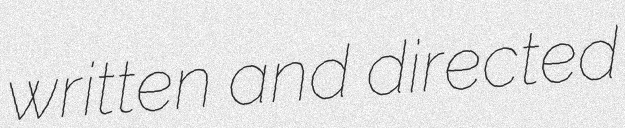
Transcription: written and directed